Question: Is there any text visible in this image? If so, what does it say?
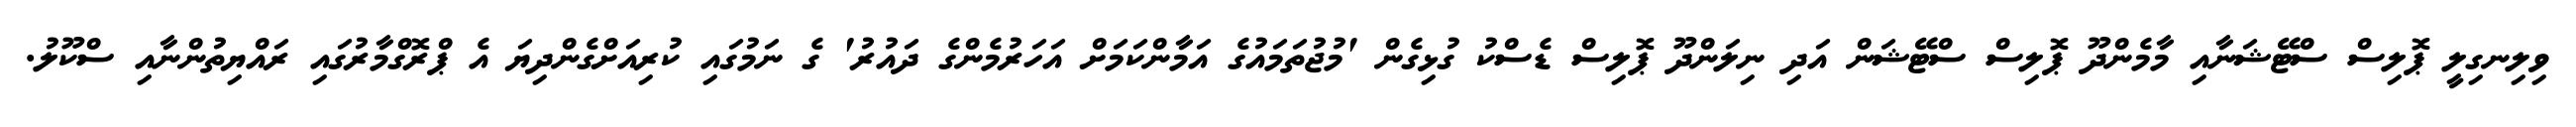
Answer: ވިލިނގިލީ ޕޮލިސް ސްޓޭޝަނާއި މާމެންދޫ ޕޮލިސް ސްޓޭޝަން އަދި ނިލަންދޫ ޕޮލިސް ޑެސްކު ގުޅިގެން 'މުޖުތަމައުގެ އަމާންކަމަށް އަހަރުމެންގެ ދައުރު' ގެ ނަމުގައި ކުރިއަށްގެންދިޔަ އެ ޕްރޮގްމާރުގައި ރައްޔިތުންނާއި ސްކޫލު.